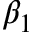
\beta _ { 1 }